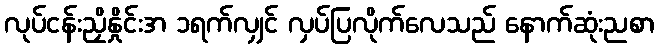
လုပ်ငန်းညှိနှိုင်းအ ၁ရက်လျှင် လှပ်ပြလိုက်လေသည် နောက်ဆုံးညစာ